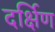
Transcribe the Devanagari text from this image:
दर्क्षिण